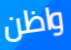
واظن